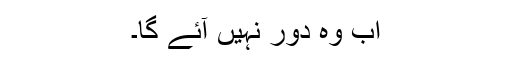
اب وہ دور نہیں آئے گا۔